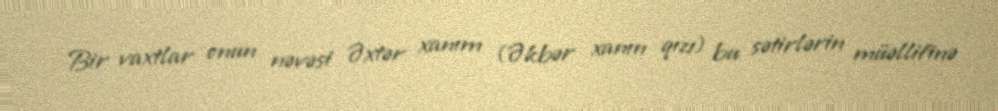
Bir vaxtlar onun nəvəsi Əxtər xanım (Əkbər xanın qızı) bu sətirlərin müəllifinə